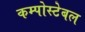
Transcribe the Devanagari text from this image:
कम्पोस्टेबल